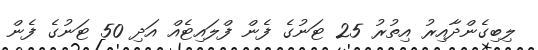
ލިބިގެންދާއިރު އިތުރު 25 ޓަނުގެ ފެން ފްލައިޓެއް އަދި 50 ޓަނުގެ ފެން